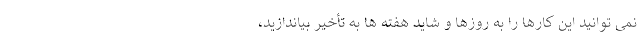
نمی توانید این کارها را به روزها و شاید هفته ها به تأخیر بیاندازید،